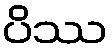
ပိဿ